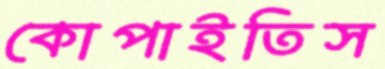
কোপাইতিস